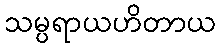
သမ္ပရာယဟိတာယ